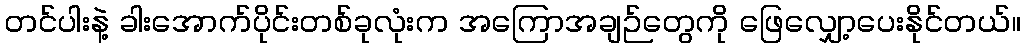
တင်ပါးနဲ့ ခါးအောက်ပိုင်းတစ်ခုလုံးက အကြောအချဉ်တွေကို ဖြေလျှော့ပေးနိုင်တယ်။